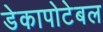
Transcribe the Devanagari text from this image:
डेकापोटेबल